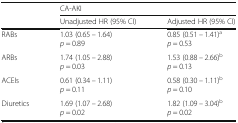
<table><thead><tr><td></td><td colspan="2"><b>CA-AKI</b></td></tr><tr><td></td><td><b>Unadjusted HR (95% CI)</b></td><td><b>Adjusted HR (95% CI)</b></td></tr></thead><tbody><tr><td>RABs</td><td>1.03 (0.65 – 1.64)<i>p</i> = 0.89</td><td>0.85 (0.51 – 1.41)<sup>a</sup><i>p</i> = 0.53</td></tr><tr><td>ARBs</td><td>1.74 (1.05 – 2.88)<i>p</i> = 0.03</td><td>1.53 (0.88 – 2.66)<sup>b</sup><i>p</i> = 0.13</td></tr><tr><td>ACEIs</td><td>0.61 (0.34 – 1.11)<i>p</i> = 0.11</td><td>0.58 (0.30 – 1.11)<sup>b</sup><i>p</i> = 0.10</td></tr><tr><td>Diuretics</td><td>1.69 (1.07 – 2.68)<i>p</i> = 0.02</td><td>1.82 (1.09 – 3.04)<sup>b</sup><i>p</i> = 0.02</td></tr></tbody></table>